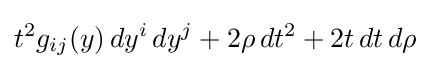
t^{2}g_{ij}(y)\,dy^{i}\,dy^{j}+2\rho \,dt^{2}+2t\,dt\,d\rho